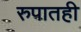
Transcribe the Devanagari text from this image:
रुपातही